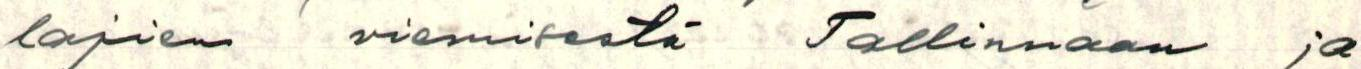
lajien viemisestä Tallinnaan ja